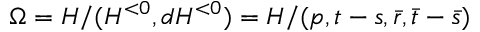
\Omega = H / ( H ^ { < 0 } , d H ^ { < 0 } ) = H / ( p , t - s , \bar { r } , \bar { t } - \bar { s } )